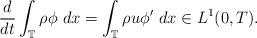
LaTeX: \begin{align*} \frac{d}{dt} \int_{\mathbb{T}} \rho\phi~dx = \int_{\mathbb{T}} \rho u\phi'~dx \in L^{1}(0,T).\end{align*}